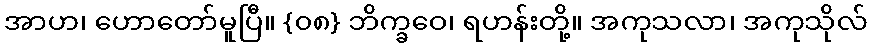
အာဟ၊ ဟောတော်မူပြီ။ {၀၈} ဘိက္ခဝေ၊ ရဟန်းတို့။ အကုသလာ၊ အကုသိုလ်